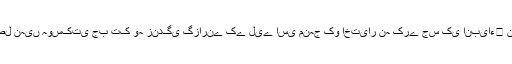
انسان اپنے تیئں کتنی ہی کوشش اور محنت کیوں نہ کرلے، اسے اس وقت تک اللہ تعالیٰ کی رضا حاصل نہیں ہوسکتی جب تک وہ زندگی گزارنے کے لیے اسی منہج کو اختیار نہ کرے جس کی انبیاء﷩ نے تعلیم دی ہے، اسی لیے اللہ تعالیٰ نے ہر رسول کی بعثت کا مقصد صرف اس کی اطاعت قراردیا ہے ۔